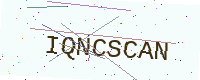
Text: IQNCSCAN